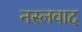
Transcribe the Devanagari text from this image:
नस्‍लवाद